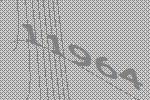
11964